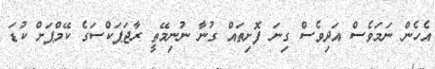
އެހެން ނަމަވެސް އަދިވެސް ގިނަ ފޮށިތައް ގުނާ ނުނިމޭތީ ރާޖަޕަކްސަގެ ކޭމްޕަށް ކުޑަ